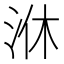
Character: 㳜